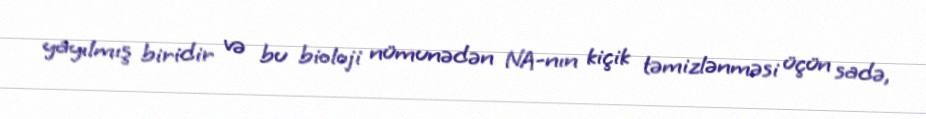
yayılmış biridir və bu bioloji nümunədən NA-nın kiçik təmizlənməsi üçün sadə,